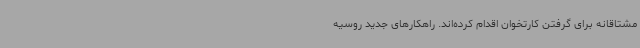
مشتاقانه برای گرفتن کارتخوان اقدام کرده‌اند. راهکارهای جدید روسیه